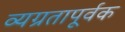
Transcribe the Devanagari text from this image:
व्यग्रतापूर्वक